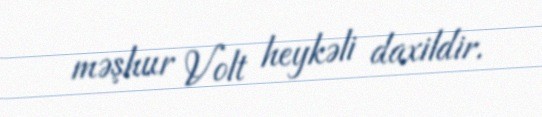
məşhur Volt heykəli daxildir.